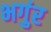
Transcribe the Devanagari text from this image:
भगुंर